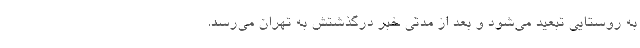
به روستایی تبعید می‌شود و بعد از مدتی خبر درگذشتش به تهران می‌رسد.